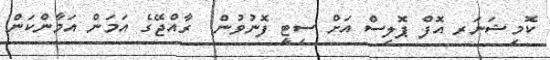
ކޮމިޝަނަރ އޮފް ޕޮލިސް އަށް ސިޓީ ފޮނުވުން  ރާއްޖޭގެ އަމަން އަމާންކަން